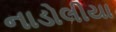
નાડોલીયા